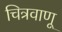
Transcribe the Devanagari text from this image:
चित्रवाणू